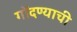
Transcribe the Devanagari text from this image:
गोंदण्याची